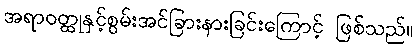
အရာဝတ္ထုနှင့်စွမ်းအင်ခြားနားခြင်းကြောင့် ဖြစ်သည်။